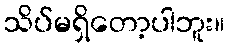
သိပ်မရှိတော့ပါဘူး။